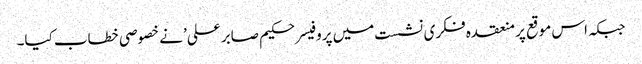
جبکہ اس موقع پر منعقدہ فکری نشست میں پروفیسر حکیم صابر علی’ نے خصوصی خطاب کیا۔